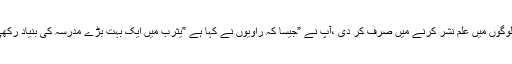
بہر حال تاریخ نے امام محمد باقر جیسے کسی امام کا تعارف نہیں کرایا،آپ نے اپنی پوری زندگی لوگوں میں علم نشر کرنے میں صرف کر دی ،آپ نے ”جیسا کہ راویوں نے کہا ہے ”یثرب میں ایک بہت بڑے مدرسہ کی بنیاد رکھی جس میں لوگوں کوعلم فقہ ،حدیث ،فلسفہ ،علم کلام اور قرآن کریم کی تفسیر کی غذا سے سیر کیا ۔